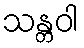
သန္တဝါ